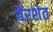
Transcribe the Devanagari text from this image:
बेरशेत